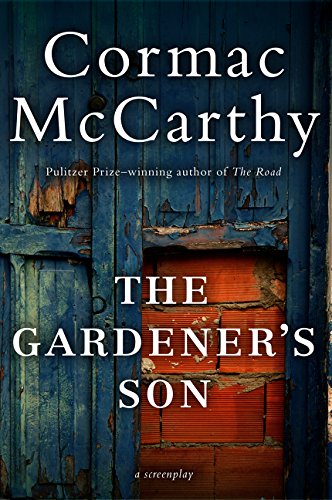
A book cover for Gardener's Son; Cormac McCarthy; Humor & Entertainment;